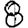
Digit: 8